65_HS1-834228961_62-HQ-83894_Serial_164
Agency: FBI
Page 82
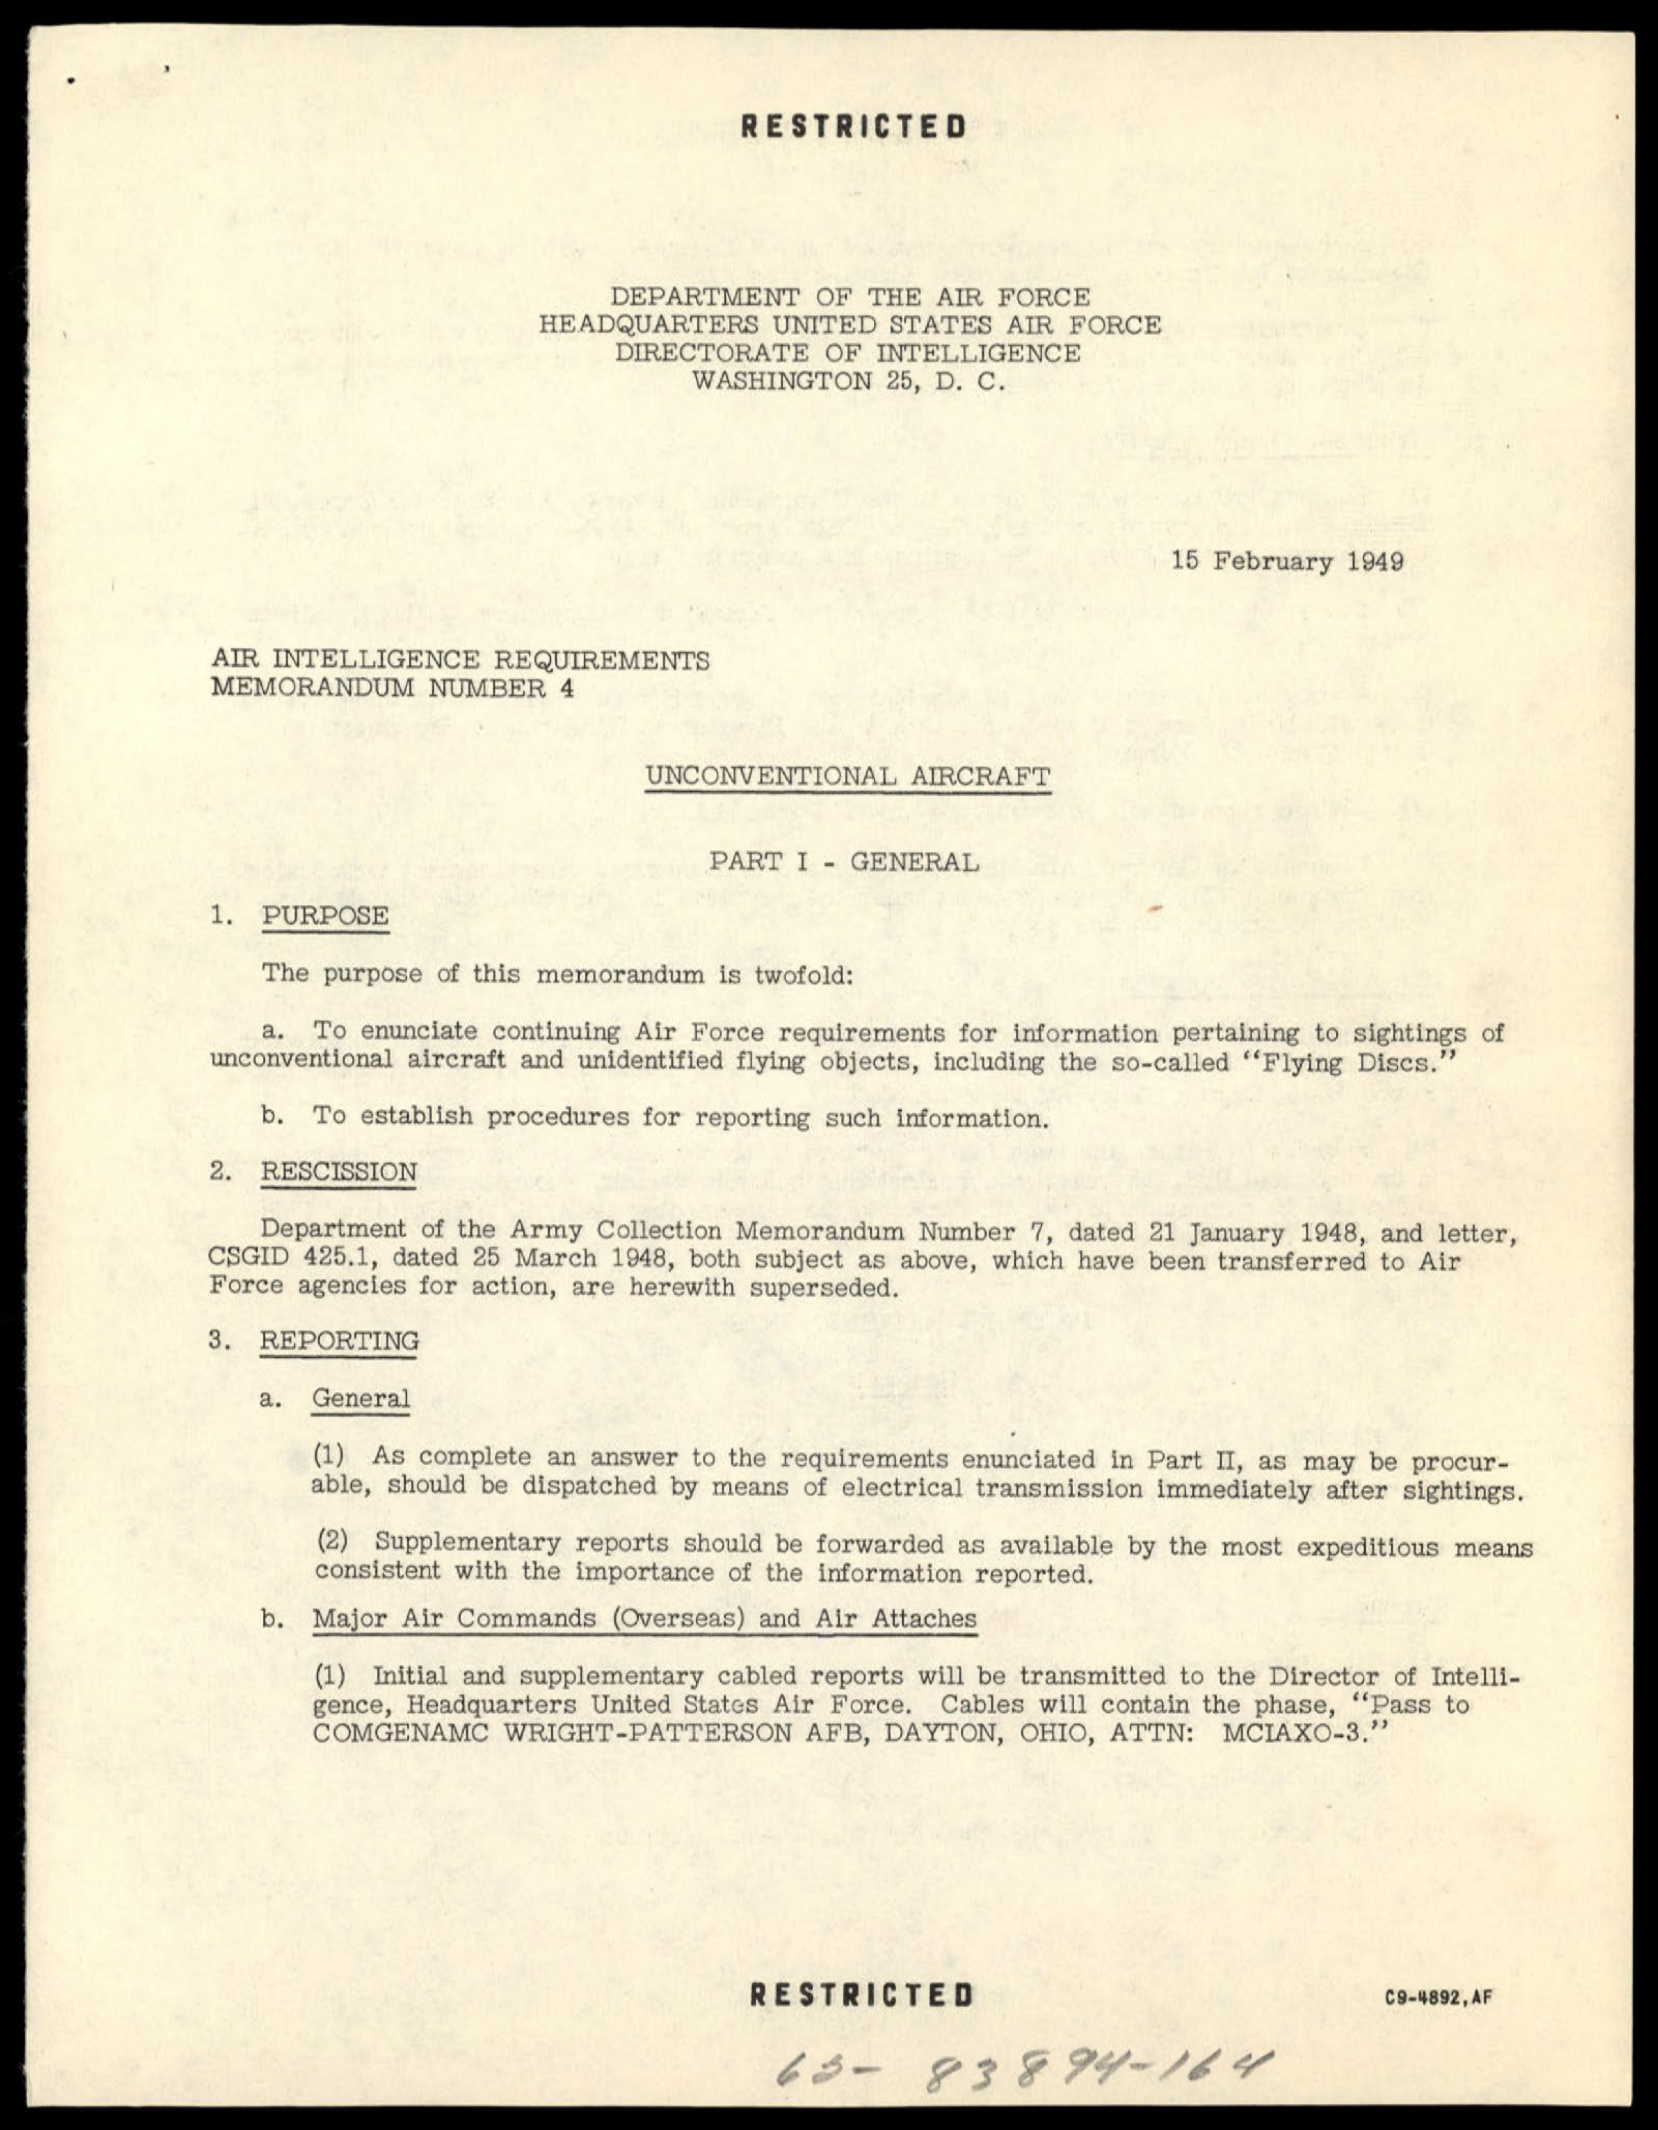